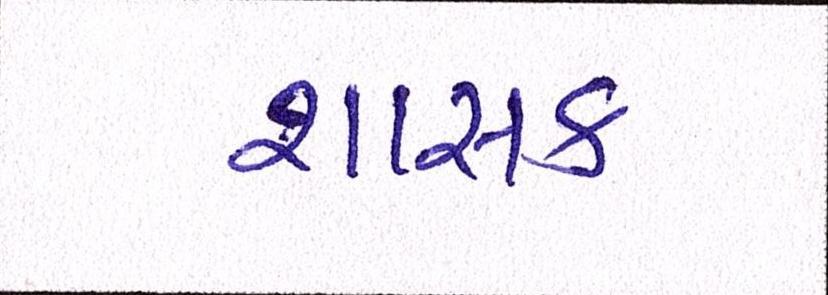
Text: શાસક